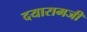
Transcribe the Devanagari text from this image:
दयारामजी